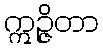
ဣဉ္ဇိတာ